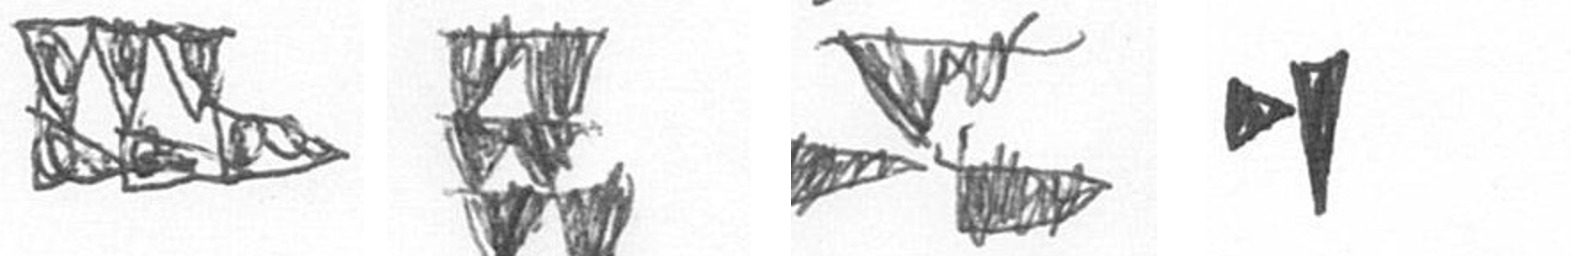
D Y B M